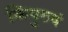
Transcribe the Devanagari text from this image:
किंपुरुषं